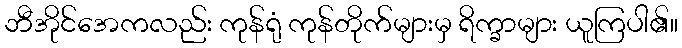
ဘီအိုင်အေကလည်း ကုန်ရုံ ကုန်တိုက်များမှ ရိက္ခာများ ယူကြပါ၏။